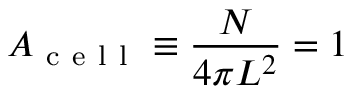
A _ { \mathrm { ~ c ~ e ~ l ~ l ~ } } \equiv \frac { N } { 4 \pi L ^ { 2 } } = 1